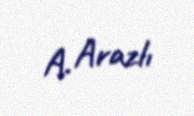
A. Arazlı